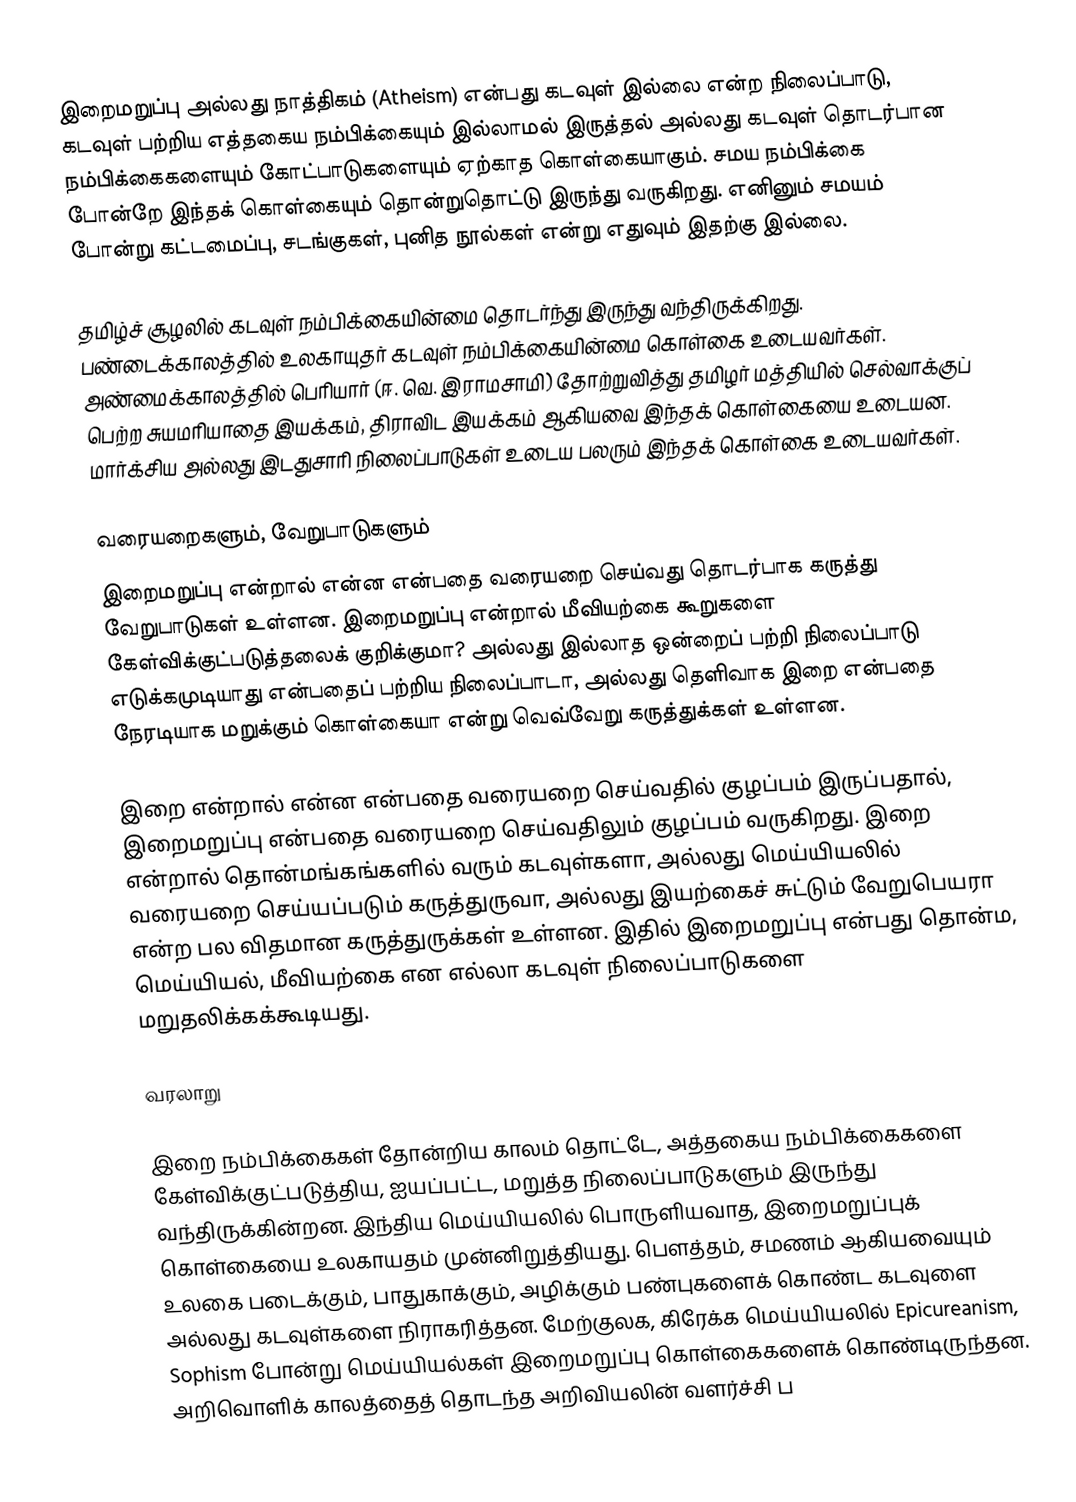
இறைமறுப்பு அல்லது நாத்திகம் (Atheism) என்பது கடவுள் இல்லை என்ற நிலைப்பாடு, கடவுள் பற்றிய எத்தகைய நம்பிக்கையும் இல்லாமல் இருத்தல் அல்லது கடவுள் தொடர்பான நம்பிக்கைகளையும் கோட்பாடுகளையும் ஏற்காத கொள்கையாகும். சமய நம்பிக்கை போன்றே இந்தக் கொள்கையும் தொன்றுதொட்டு இருந்து வருகிறது.  எனினும் சமயம் போன்று கட்டமைப்பு, சடங்குகள், புனித நூல்கள் என்று எதுவும் இதற்கு இல்லை.

தமிழ்ச் சூழலில் கடவுள் நம்பிக்கையின்மை தொடர்ந்து இருந்து வந்திருக்கிறது.  பண்டைக்காலத்தில் உலகாயுதர் கடவுள் நம்பிக்கையின்மை கொள்கை உடையவர்கள்.  அண்மைக்காலத்தில் பெரியார் (ஈ. வெ. இராமசாமி) தோற்றுவித்து தமிழர் மத்தியில் செல்வாக்குப் பெற்ற சுயமரியாதை இயக்கம், திராவிட இயக்கம் ஆகியவை இந்தக் கொள்கையை உடையன.  மார்க்சிய அல்லது இடதுசாரி நிலைப்பாடுகள் உடைய பலரும் இந்தக் கொள்கை உடையவர்கள்.

வரையறைகளும், வேறுபாடுகளும்
இறைமறுப்பு என்றால் என்ன என்பதை வரையறை செய்வது தொடர்பாக கருத்து வேறுபாடுகள் உள்ளன. இறைமறுப்பு என்றால் மீவியற்கை கூறுகளை கேள்விக்குட்படுத்தலைக் குறிக்குமா? அல்லது இல்லாத ஒன்றைப் பற்றி நிலைப்பாடு எடுக்கமுடியாது என்பதைப் பற்றிய நிலைப்பாடா, அல்லது தெளிவாக இறை என்பதை நேரடியாக மறுக்கும் கொள்கையா என்று வெவ்வேறு கருத்துக்கள் உள்ளன.

இறை என்றால் என்ன என்பதை வரையறை செய்வதில் குழப்பம் இருப்பதால், இறைமறுப்பு என்பதை வரையறை செய்வதிலும் குழப்பம் வருகிறது. இறை என்றால் தொன்மங்கங்களில் வரும் கடவுள்களா, அல்லது மெய்யியலில் வரையறை செய்யப்படும் கருத்துருவா, அல்லது இயற்கைச் சுட்டும் வேறுபெயரா என்ற பல விதமான கருத்துருக்கள் உள்ளன. இதில் இறைமறுப்பு என்பது தொன்ம, மெய்யியல், மீவியற்கை என எல்லா கடவுள் நிலைப்பாடுகளை மறுதலிக்கக்கூடியது.

வரலாறு

இறை நம்பிக்கைகள் தோன்றிய காலம் தொட்டே, அத்தகைய நம்பிக்கைகளை கேள்விக்குட்படுத்திய, ஐயப்பட்ட, மறுத்த நிலைப்பாடுகளும் இருந்து வந்திருக்கின்றன.  இந்திய மெய்யியலில் பொருளியவாத, இறைமறுப்புக் கொள்கையை உலகாயதம் முன்னிறுத்தியது.  பௌத்தம், சமணம் ஆகியவையும் உலகை படைக்கும், பாதுகாக்கும், அழிக்கும் பண்புகளைக் கொண்ட கடவுளை அல்லது கடவுள்களை நிராகரித்தன.  மேற்குலக, கிரேக்க மெய்யியலில் Epicureanism, Sophism போன்று மெய்யியல்கள் இறைமறுப்பு கொள்கைகளைக் கொண்டிருந்தன.  அறிவொளிக் காலத்தைத் தொடந்த அறிவியலின் வளர்ச்சி ப